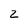
Character: 2